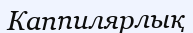
Каппилярлық